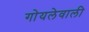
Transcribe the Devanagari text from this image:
गोयलेवाली